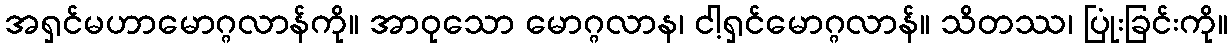
အရှင်မဟာမောဂ္ဂလာန်ကို။ အာဝုသော မောဂ္ဂလာန၊ ငါ့ရှင်မောဂ္ဂလာန်။ သိတဿ၊ ပြုံးခြင်းကို။